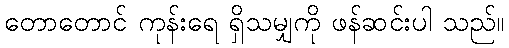
တောတောင် ကုန်းရေ ရှိသမျှကို ဖန်ဆင်းပါ သည်။